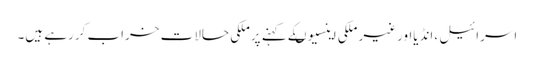
اسرائیل ،انڈیااورغیر ملکی اینسیوںکے کہنے پرملکی حالات خراب کررہے ہیں۔